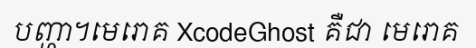
បញ្ហា។មេរោគ XcodeGhost គឺជា មេរោគ